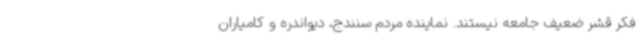
فکر قشر ضعیف جامعه نیستند. نماینده مردم سنندج، دیواندره و کامیاران